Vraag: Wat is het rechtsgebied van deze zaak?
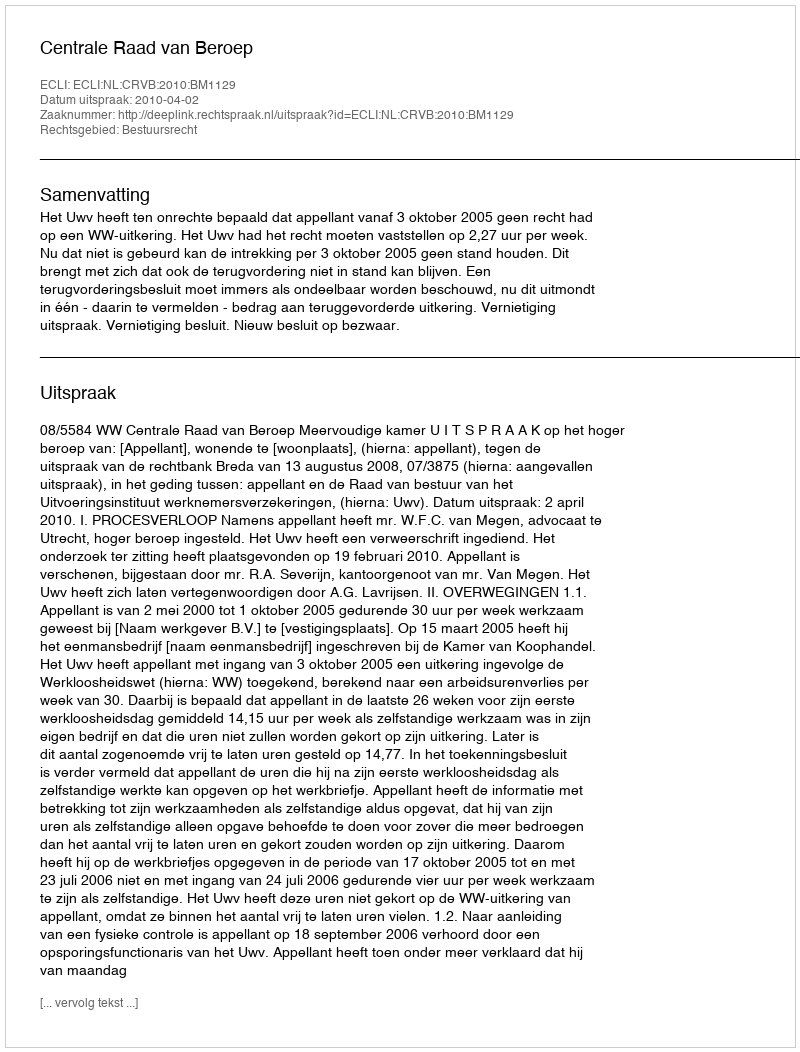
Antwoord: Bestuursrecht